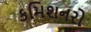
કમિશનરો